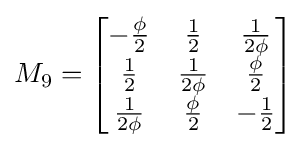
M_{9}={\begin{bmatrix}-{\frac {\phi }{2}}&{\frac {1}{2}}&{\frac {1}{2\phi }}\\{\frac {1}{2}}&{\frac {1}{2\phi }}&{\frac {\phi }{2}}\\{\frac {1}{2\phi }}&{\frac {\phi }{2}}&-{\frac {1}{2}}\end{bmatrix}}